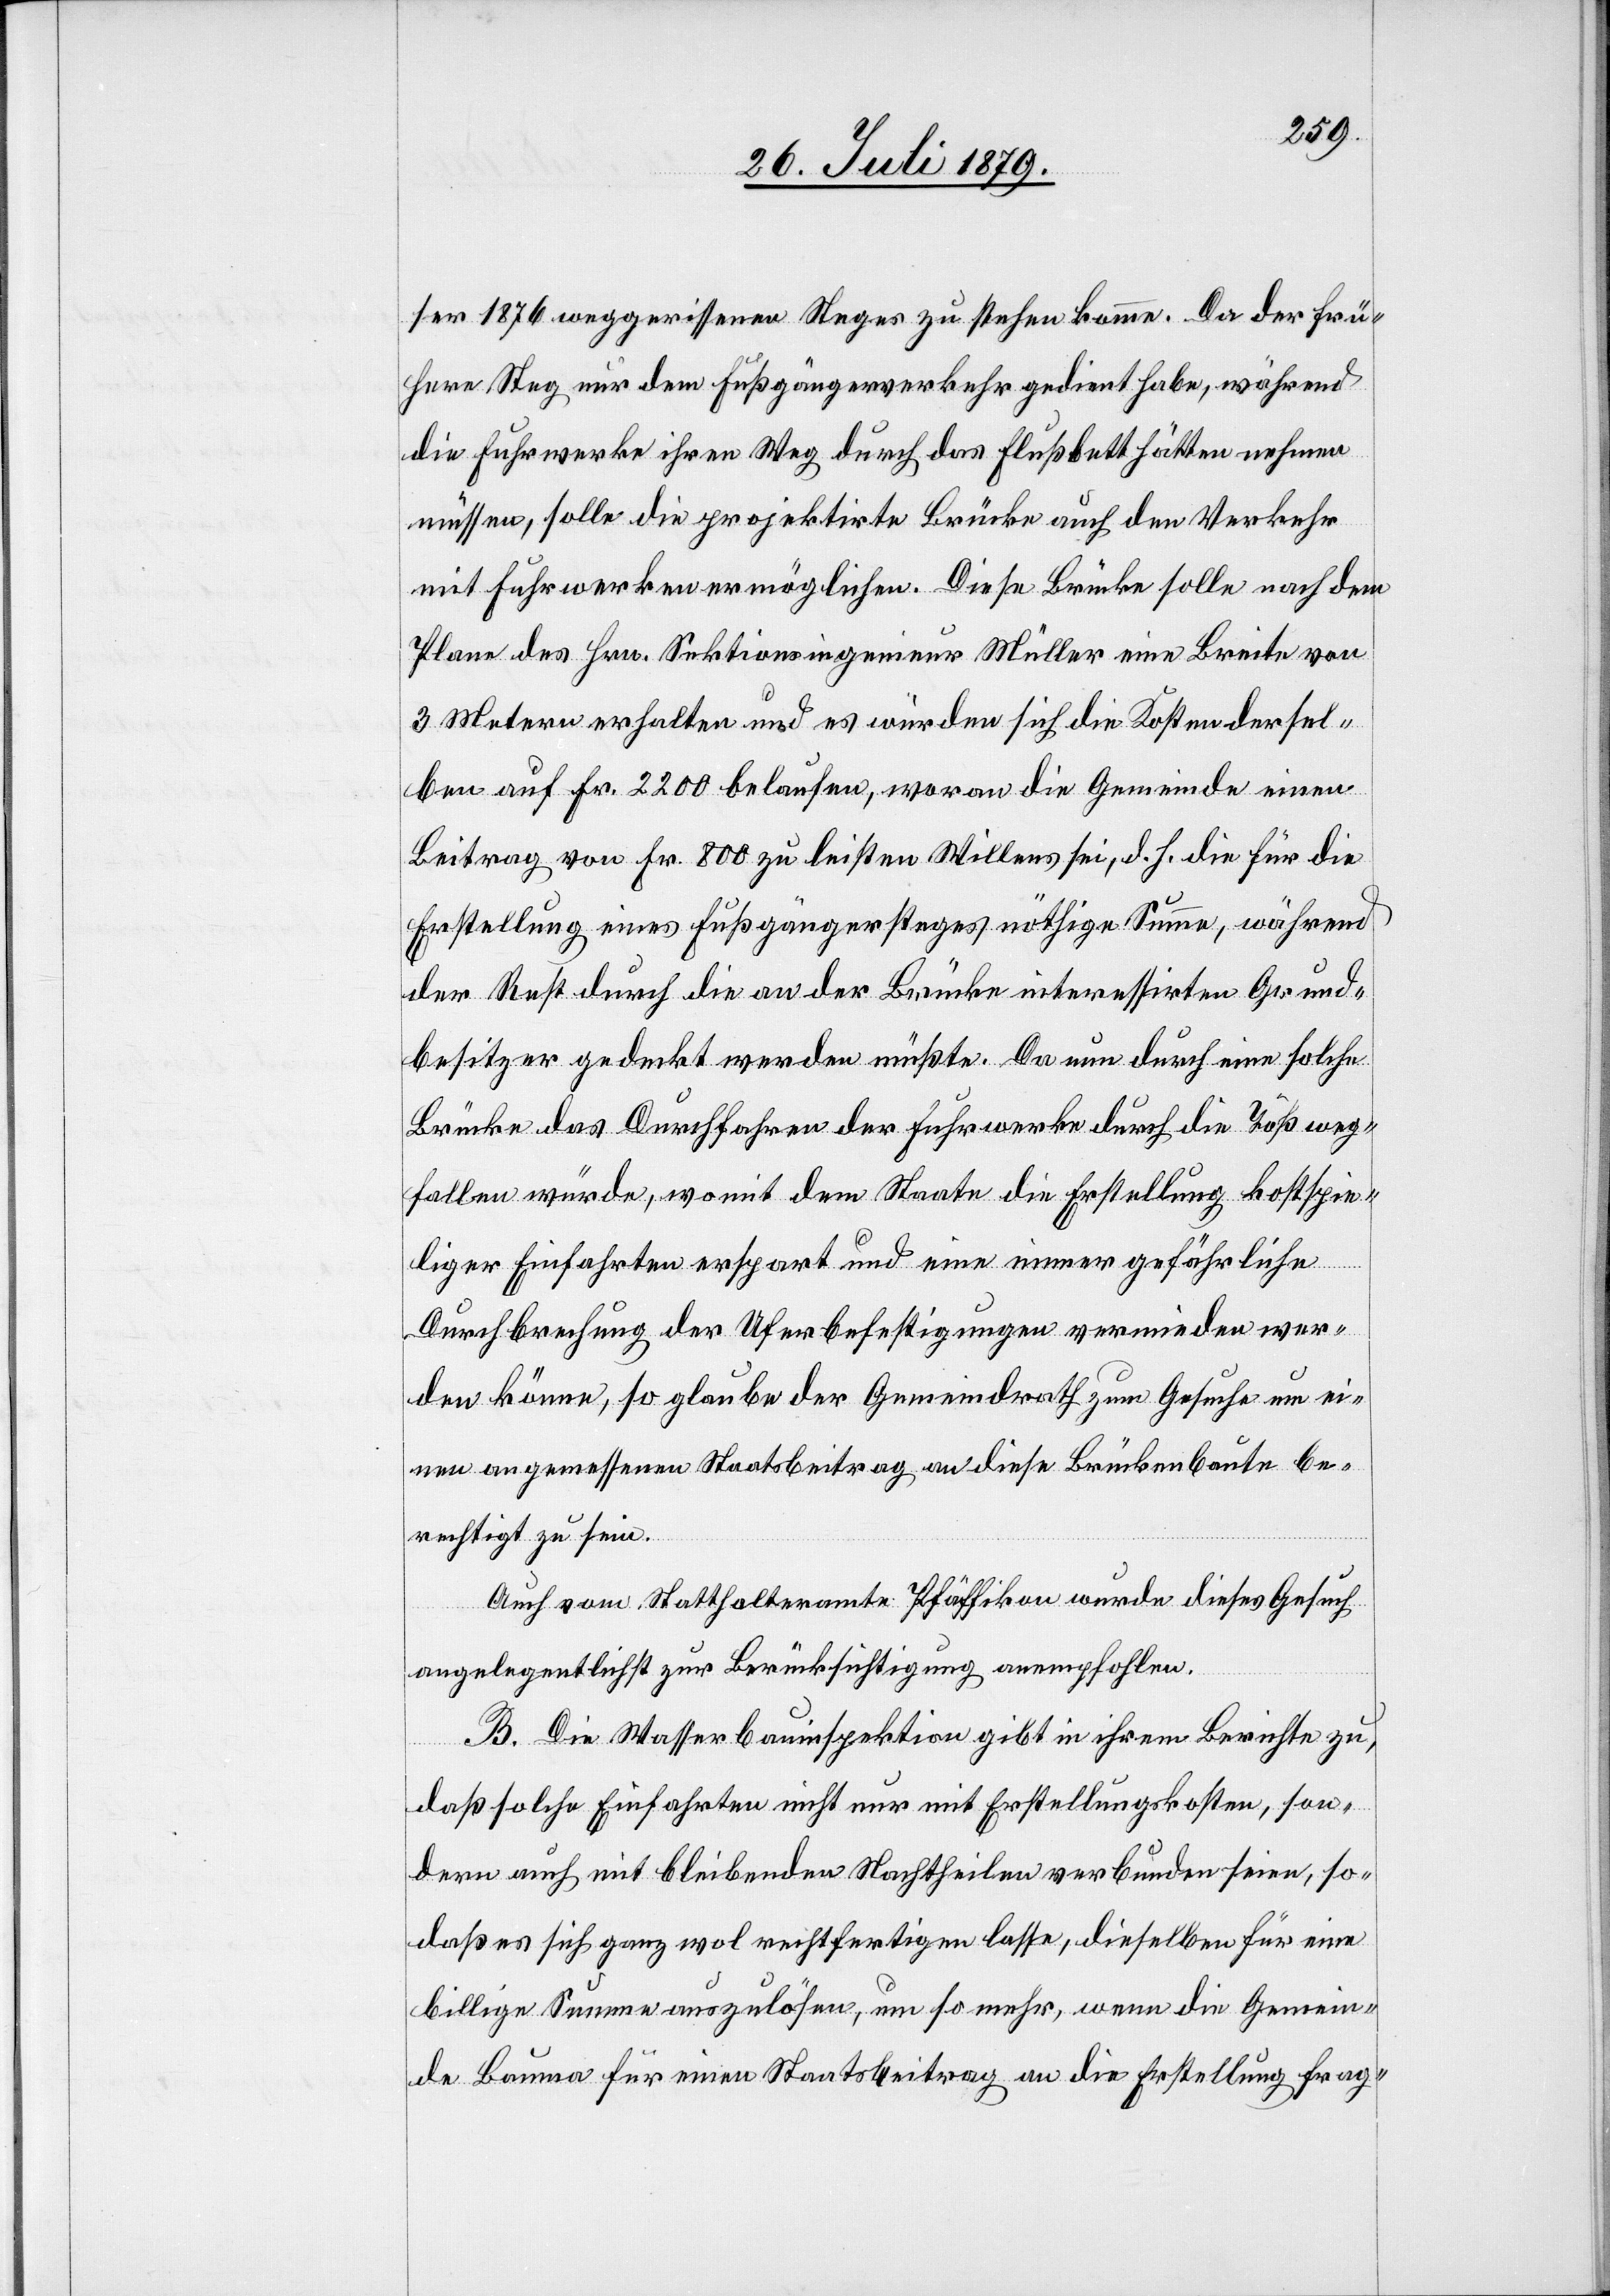
ser 1876 weggerissenen Steges zu stehen komme. Da der frü¬
here Steg nur dem Fußgängerverkehr gedient habe, während
die Fuhrwerke ihren Weg durch das Flussbett hätten nehmen
müssen, solle die projektirte Brücke auch den Verkehr
mit Fuhrwerken ermöglichen. Diese Brücke solle nach dem
Plane des Hrn. Sektionsingenieur Müller eine Breite von
3 Metern erhalten und es würden sich die Kosten dersel¬
ben auf Fr. 2200 belaufen, woran die Gemeinde einen
Beitrag von Fr. 800 zu leisten Willens sei, d. h. die für die
Erstellung eines Fußgängersteges nöthige Summe, während
der Rest durch die an der Brücke interessirten Grund¬
besitzer gedeckt werden müßte. Da nun durch eine solche
Brücke das Durchfahren der Fuhrwerke durch die Töß weg¬
fallen würde, womit dem Staate die Erstellung kostspie¬
liger Einfahrten erspart und eine immer gefährliche
Durchbrechung der Uferbefestigungen vermieden wer¬
den könne, so glaube der Gemeindrath zum Gesuch um ei¬
nen angemessenen Staatsbeitrag an diese Brückenbaute be¬
rechtigt zu sein.
Auch vom Statthalteramte Pfäffikon wurde dieses Gesuch
angelegentlichst zur Berücksichtigung anempfohlen.
B. Die Wasserbauinspektion gibt in ihrem Berichte zu,
daß solche Einfahrten nicht nur mit Erstellungskosten, son¬
dern auch mit bleibenden Nachtheilen verbunden seien, so¬
daß es sich ganz wol rechtfertigen lasse, dieselben für eine
billige Summe auszulösen, um so mehr, wenn die Gemein¬
de Baume für einen Staatsbeitrag an die Erstellung frag-